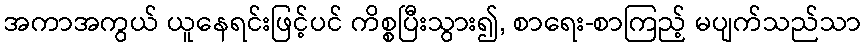
အကာအကွယ် ယူနေရင်းဖြင့်ပင် ကိစ္စပြီးသွား၍, စာရေး-စာကြည့် မပျက်သည်သာ